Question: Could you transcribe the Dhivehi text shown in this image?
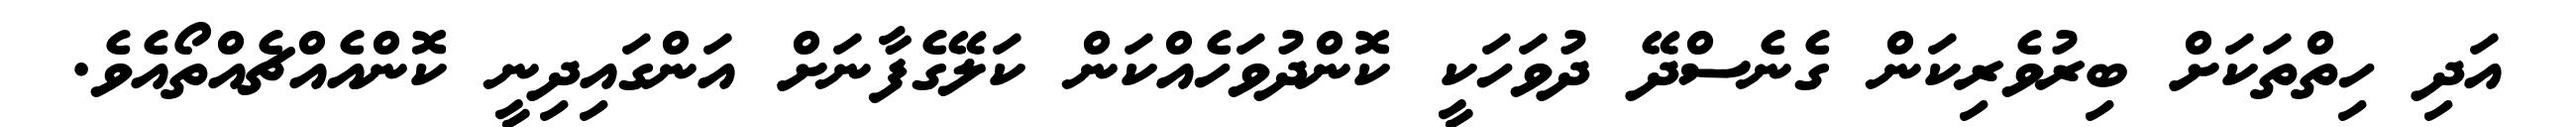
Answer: އަދި ހިތްތަކަށް ބިރުވެރިކަން ގެނެސްދޭ ދުވަހަކީ ކޮންދުވަހެއްކަން ކަލޭގެފާނަށް އަންގައިދިނީ ކޮންއެއްޗެއްތޯއެވެ.